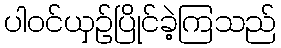
ပါဝင်ယှဉ်ပြိုင်ခဲ့ကြသည်